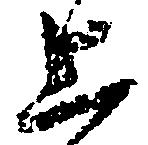
上